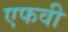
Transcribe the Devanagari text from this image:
एफवी